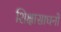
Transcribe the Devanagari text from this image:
शिक्षासाधनों